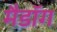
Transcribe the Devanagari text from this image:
मैडॉग